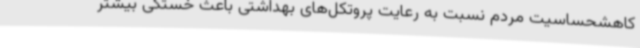
کاهشحساسیت مردم نسبت به رعایت پروتکل‌های بهداشتی باعث خستگی بیشتر